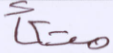
متكأ